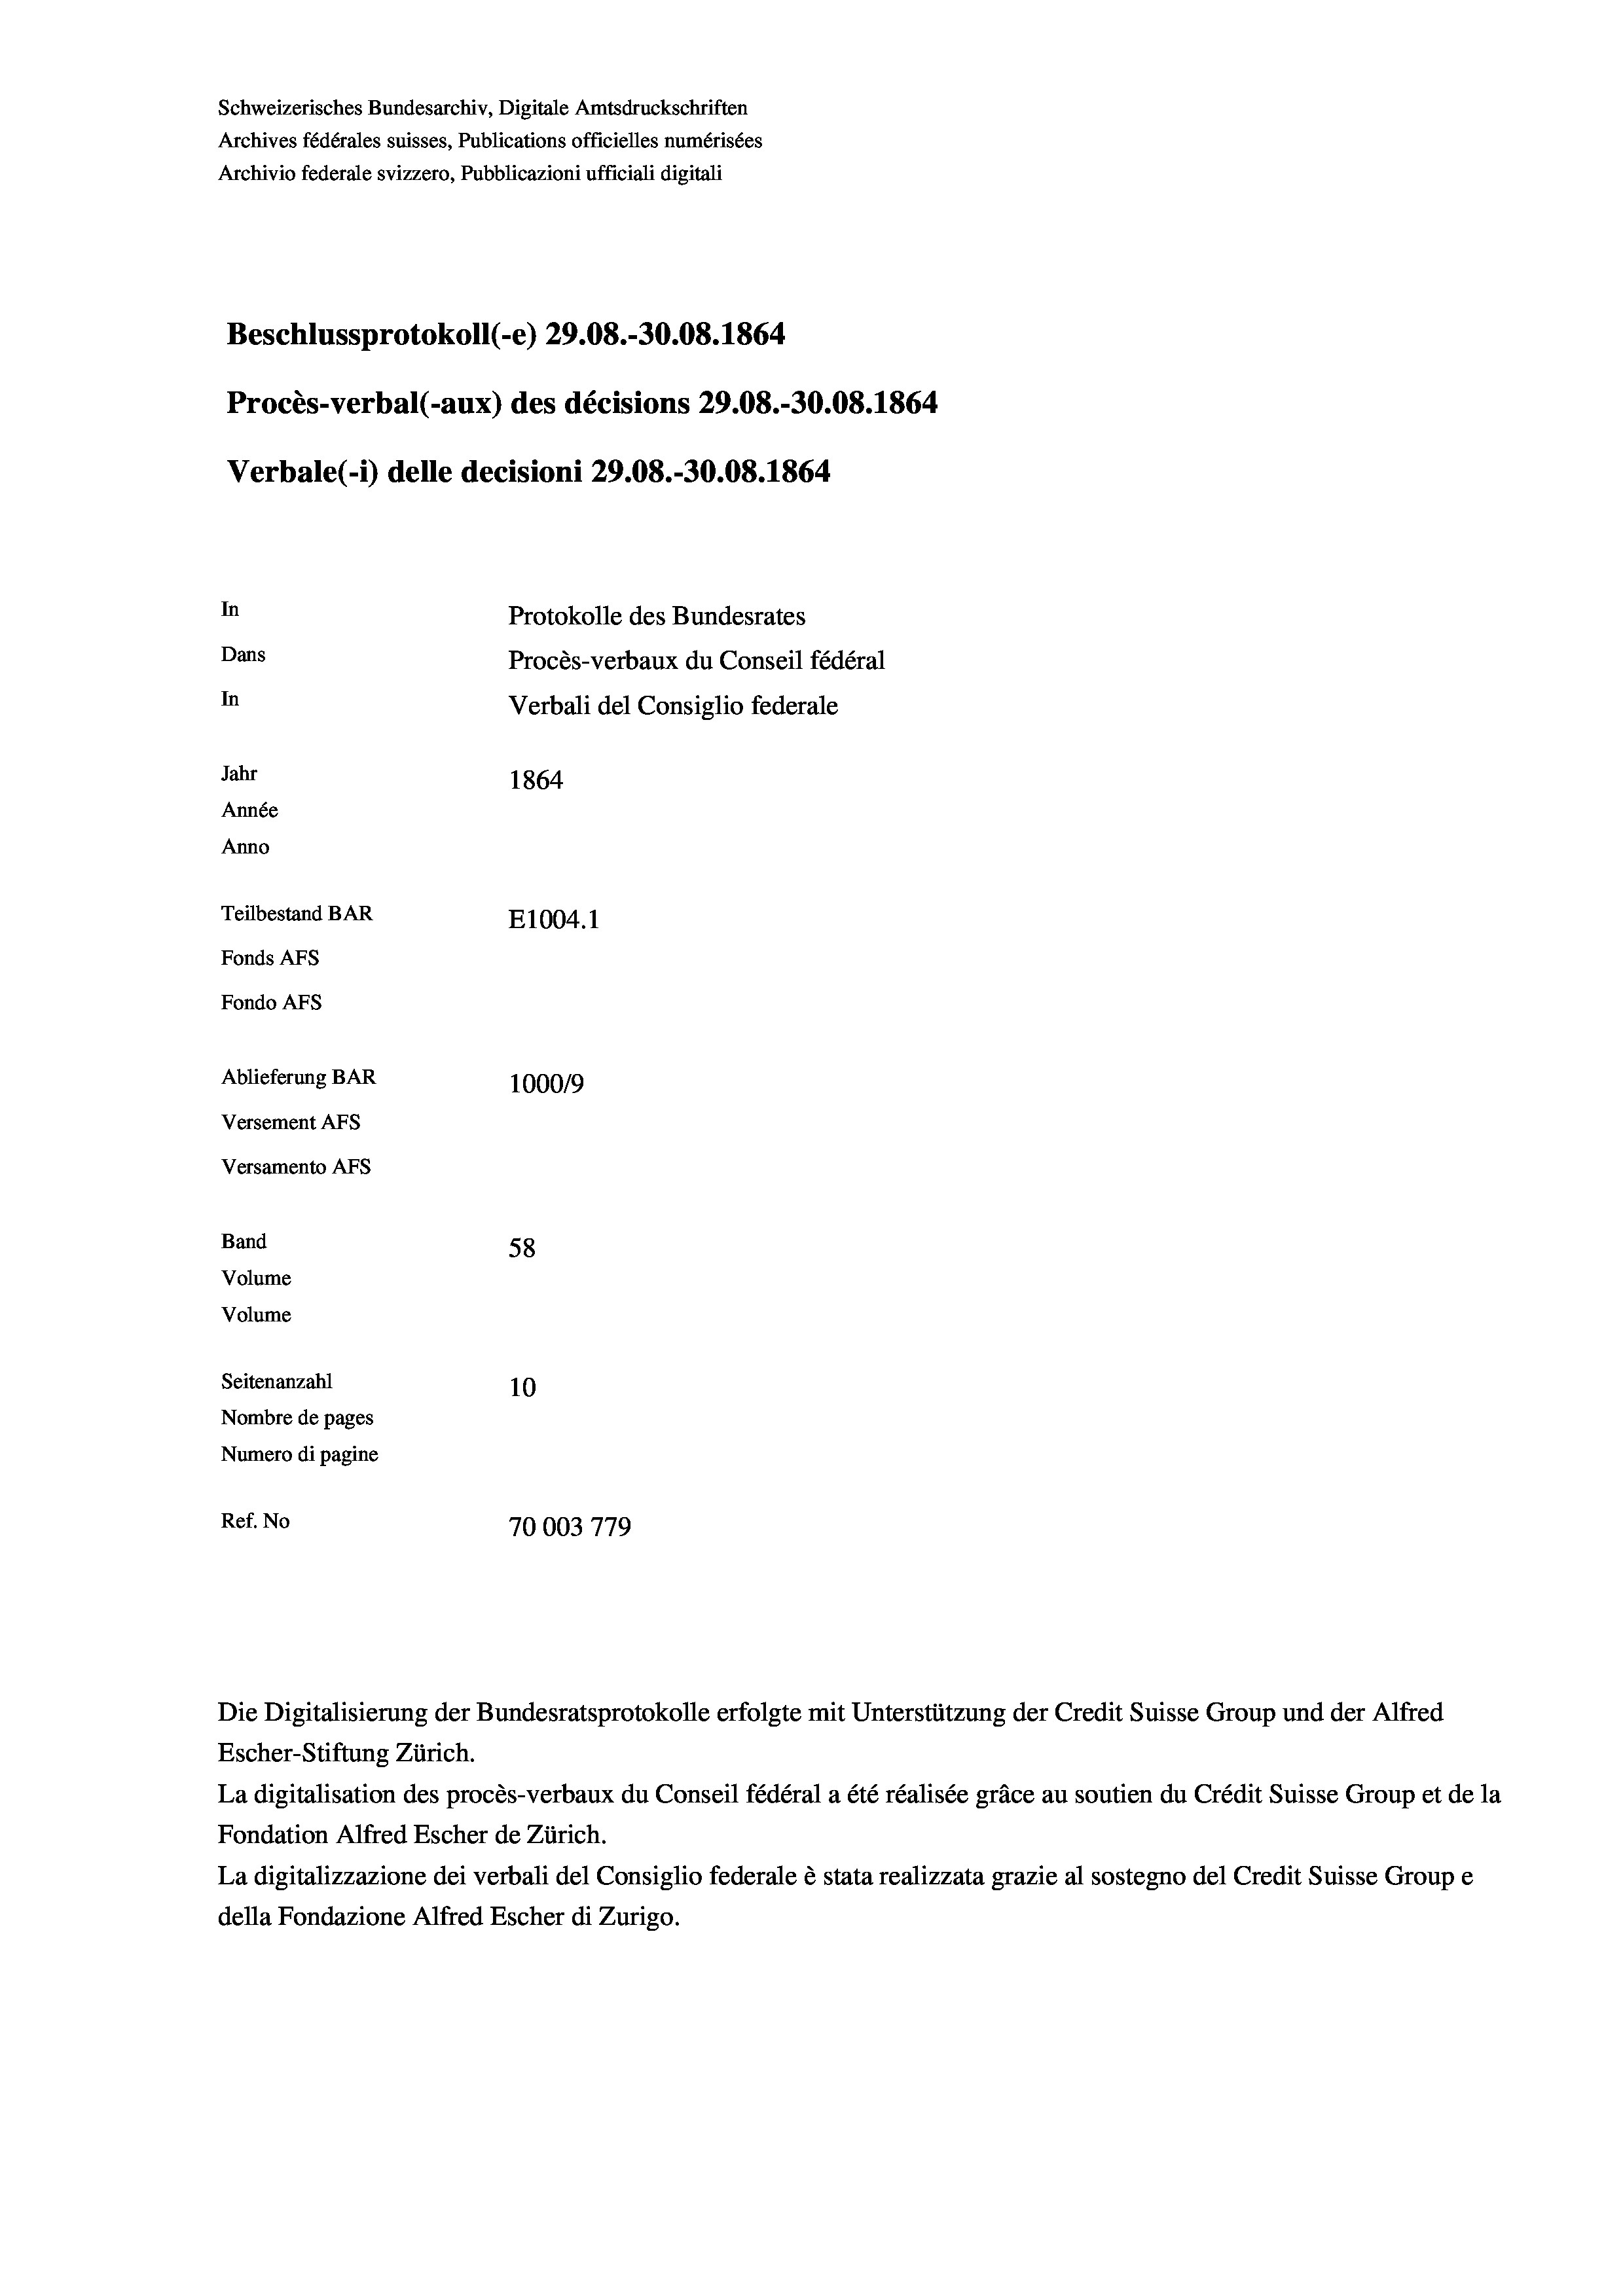
Schweizerisches Bundesarchiv, Digitale Amtsdruckschriften
Archives fédérales suisses, Publications officielles numérisées
Archivio federale svizzero, Pubblicazioni ufficiali digitali
Beschlussprotokoll (-e) 29.08.-30.08. 1864
Procès-verbal (-aux) des décisions 29.08.-30.08. 1864
Verbale (i) delle decisioni 29.08.-30.08. 1864
In
Protokolle des Bundesrates
Dans
Procès-verbaux du Conseil fédéral
In
Verbali del Consiglio federale
Jahr
1864
Année
Anno
Teilbestand BAR
E1004.1
Fonds AFs
Fondo AFS
Ablieferung BAR
1000/9
Versement AFs
Versamento Afs
Band
58
Volume
Volume
Seitenanzahl
10
Nombre de pages
Numero di pagine
Ref. No
70003779

Escher-Stiftung Zürich.
La digitalisation des procès-verbaux du Conseil fédéral a été réalisée gräce au soutien du Crédit Suisse Group et de la
Fondation Alfred Escher de Zürich.
La digitalizzazione dei verbali del Consiglio federale è stata realizzata grazie al sostegno del Credit Suisse Groupe
della Fondazione Alfred Escher di Zurigo.

Die Digitalisierung der Bundesratsprotokolle erfolgte mit Unterstützung der Credit Suisse Group und der Alfred